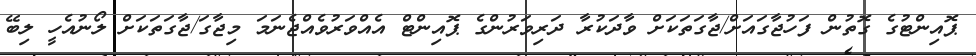
ޕޮއިންޓުގެ ގޮތުން ފަހުޖާގައަށް/ޖާގަތަކަށް ވާދަކުރާ ދަރިވަރުންގެ ޕޮއިންޓް އެއްވަރުވެއްޖެނަމަ މިޖާގަ/ޖާގަތަކަށް ލޯނުއެހީ ލިބޭ